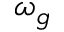
\omega _ { g }